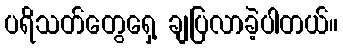
ပရိသတ်တွေရှေ့ ချပြလာခဲ့ပါတယ်။